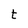
Character: t